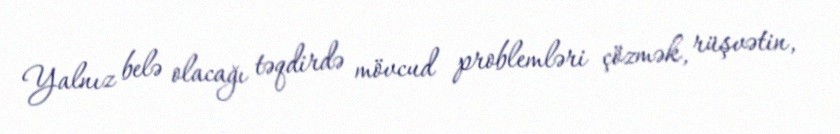
Yalnız belə olacağı təqdirdə mövcud problemləri çözmək, rüşvətin,